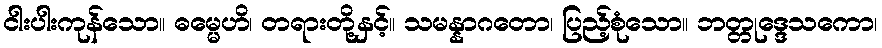
ငါးပါးကုန်သော။ ဓမ္မေဟိ၊ တရားတို့နှင့်။ သမန္နာဂတော၊ ပြည့်စုံသော။ ဘတ္တုဒ္ဒေသကော၊